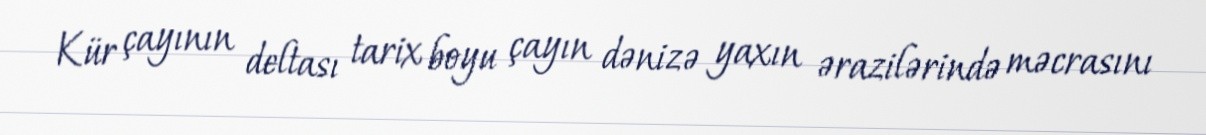
Kür çayının deltası tarix boyu çayın dənizə yaxın ərazilərində məcrasını